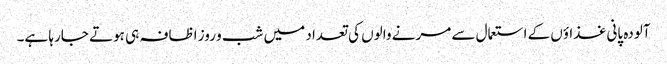
آلودہ پانی غذاؤں کے استعمال سے مرنے والوں کی تعداد میں شب و روز اظافہ ہی ہوتے جارہا ہے۔